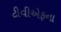
ટીવીએફના